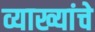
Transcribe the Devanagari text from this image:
व्याख्यांचे